Civil Veterinary Dept. Bombay admin report 1914-1922 - 1914-1922
Year: 1914
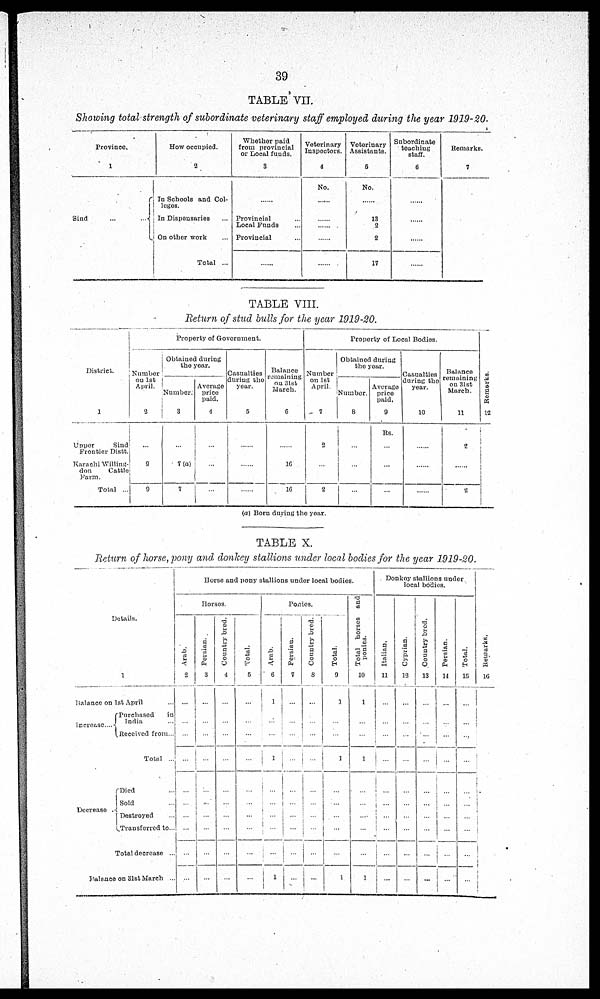
39
TABLE VII.
Showing total strength of subordinate veterinary staff employed during the year 1919-20.
Province.
1
Sind ... ...
How occupied.
2
In Schools and Col-
leges.
In Dispensaries ...
On other work ...
Total ...
Whether paid
from provincial
or Local funds.
3
......
Provincial ...
Local Funds ...
Provincial ...
......
Veterinary
Inspectors.
4
No.
......
......
......
......
......
Veterinary
Assistants.
5
No.
......
13
2
2
17
Subordinate
teaching
staff.
6
......
......
......
......
......
Remarks.
7
TABLE VIII.
Return of stud bulls for the year 1919-20.
District.
1
Upper
Sind
Frontier Distt.
Karachi Willing-
don
Cattle
Farm.
Total ...
Property of Government.
Number
on 1st
April.
2
...
9
9
Obtained during
the year.
Number.
3
7(a)
7
Average
price
paid.
4
......
......
Casualties
during the
year.
5
......
......
......
Balance
remaining
on 31st
March.
6
......
16
16
Property of Local Bodies.
Number
on 1st
April.
7
2
...
2
Obtained during
the year.
Number.
8
...
...
...
Average
price
paid,
9
Rs.
...
...
...
Casualties
during the
year.
10
......
......
......
Balance
remaining
on 31st
March.
11
2
......
2
Re ma r
ks .
12
(a) Born during the year.
TABLE X.
Return of horse, pony and donkey stallions under local bodies for the year 1919-20.
Details.
1
Balance on 1st April ...
Increase ...
Decrease
Purchased
in
India ...
Received from ...
Total ...
Died ...
Sold ...
Destroyed ...
Transferred to ...
Total decrease ...
Balance
on 3lst March ...
Horse and pony stallions under local bodies.
Horses.
Arab.
2
...
...
...
...
...
...
...
...
...
...
Persian.
3
...
...
...
...
...
...
...
...
...
...
Country bred.
4
...
...
...
...
...
...
...
...
...
...
Total.
5
...
...
...
...
...
...
...
...
...
...
Ponies.
Arab.
6
1
...
...
1
...
...
...
...
...
...
Persian.
7
...
...
...
...
...
...
...
...
...
...
Country bred.
8
...
...
...
...
...
...
...
...
...
...
Total.
9
1
...
...
1
...
...
...
...
...
1
Total horses and
ponies.
10
1
...
...
1
...
...
...
...
...
1
Donkey stallions under
local bodies.
Italian.
11
...
...
...
...
...
...
...
...
...
...
Cyprian.
12
...
...
...
...
...
...
...
...
...
...
Count r
y bred.
13
...
...
...
...
...
...
...
...
...
...
Persian.
14
...
...
...
...
...
...
...
...
...
...
Total.
15
...
...
...
...
...
...
...
...
...
...
Remarks.
16